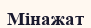
Мінажат